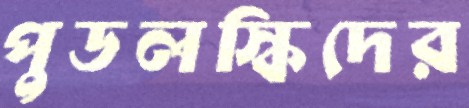
পুডলস্কিদের